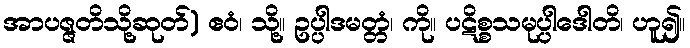
အာပဇ္ဇတိသို့ဆုတ်) ဧဝံ၊ သို့။ ဥပ္ပါဒမတ္တံ၊ ကို။ ပဋိစ္စသမုပ္ပါဒေါတိ၊ ဟူ၍။